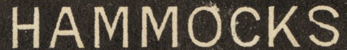
HAMMOCKS